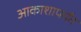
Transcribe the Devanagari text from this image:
आकाशापर्यंत